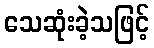
သေဆုံးခဲ့သဖြင့်